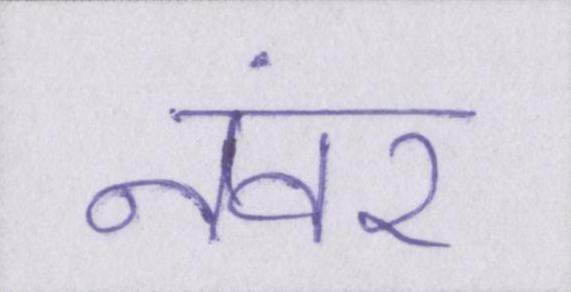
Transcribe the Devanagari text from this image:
नंवर